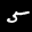
Label: 5